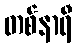
တစ်နာရီ